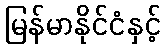
မြန်မာနိုင်ငံနှင့်